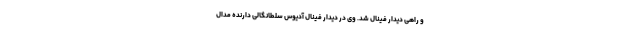
و راهی دیدار فینال شد. وی در دیدار فینال آدیوس سلطانگالی دارنده مدال